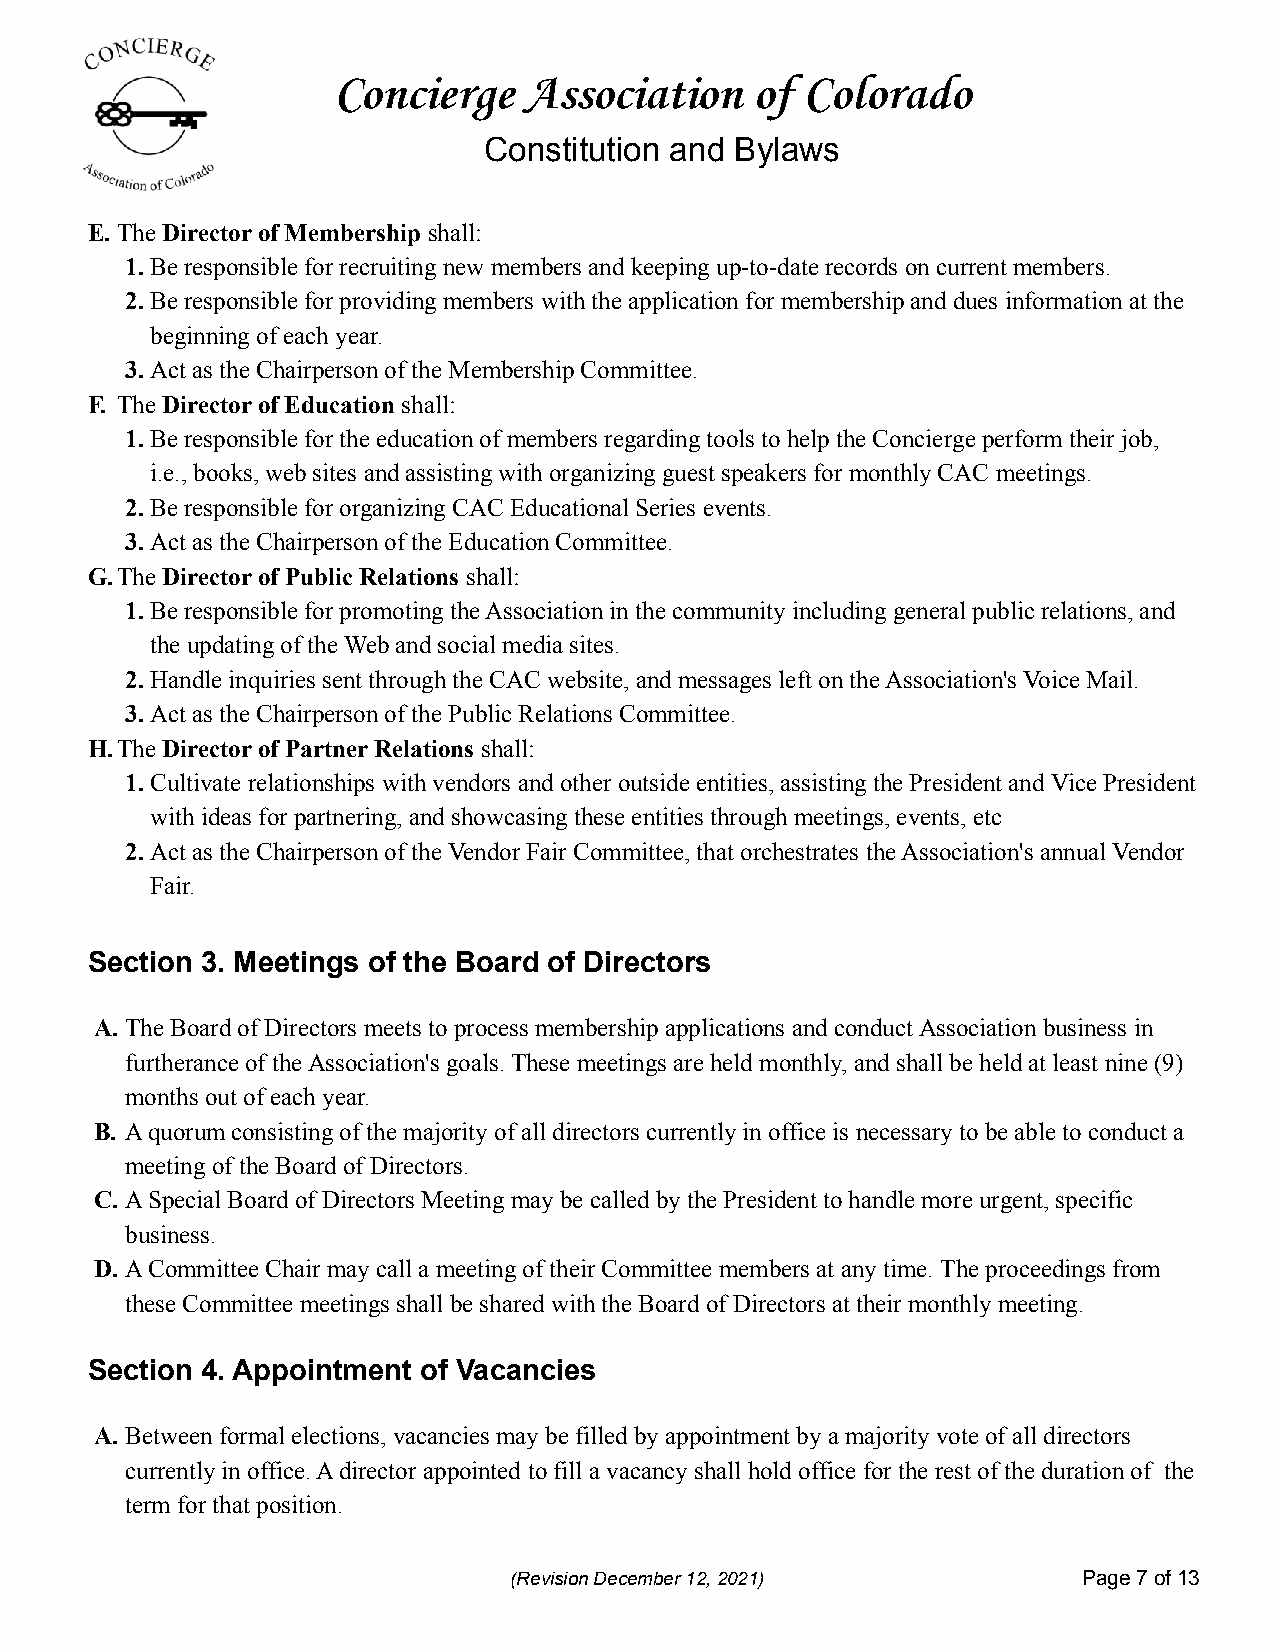
Concierge    Association    of Colorado
 Constitution and Bylaws
 E. TheDirector of Membership shall:
 1.Be responsible for recruiting new members and keeping up-to-date records on current members.
 2.Be responsible for providing members with the application for membership and dues information at the
 beginning of each year.
 3.Act as the Chairperson of the Membership Committee.
 F. TheDirector of Education shall:
 1.Be responsible for the education of members regarding tools to help the Concierge perform their job,
 i.e., books, web sites and assisting with organizing guest speakers for monthly CAC meetings.
 2.Be responsible for organizing CAC Educational Series events.
 3.Act as the Chairperson of the Education Committee.
 G.TheDirector of Public Relations shall:
 1.Be responsible for promoting the Association in the community including general public relations, and
 the updating of the Web and social media sites.
 2.Handle inquiries sent through the CAC website, and messages left on the Association's Voice Mail.
 3.Act as the Chairperson of the Public Relations Committee.
 H.TheDirector of Partner Relations shall:
 1.Cultivate relationships with vendors and other outside entities, assisting the President and Vice President
 with ideas for partnering, and showcasing these entities through meetings, events, etc
 2.Act as the Chairperson of the Vendor Fair Committee, that orchestrates the Association's annual Vendor
 Fair.
 Section 3. Meetings of the Board of Directors
 A. The Board of Directors meets to process membership applications and conduct Association business in
 furtherance of the Association's goals. These meetings are held monthly, and shall be held at least nine (9)
 months out of each year.
 B. A quorum consisting of the majority of all directors currently in office is necessary to be able to conduct a
 meeting of the Board of Directors.
 C. A Special Board of Directors Meeting may be called by the President to handle more urgent, specific
 business.
 D. A Committee Chair may call a meeting of their Committee members at any time. The proceedings from
 these Committee meetings shall be shared with the Board of Directors at their monthly meeting.
 Section 4. Appointment of Vacancies
 A. Between formal elections, vacancies may be filled by appointment by a majority vote of all directors
 currently in office. A director appointed to fill a vacancy shall hold office for the rest of the duration of the
 term for that position.
 (Revision December 12, 2021)          Page7of13